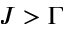
J > \Gamma